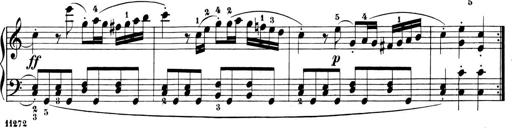
Title: 6 Piano Sonatinas
Composer: Cornelius Gurlitt